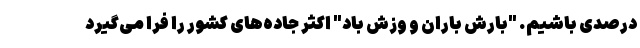
درصدی باشیم. "بارش باران و وزش باد" اکثر جاده‌های کشور را فرا می‌گیرد